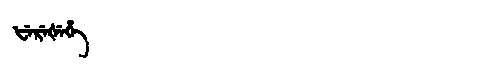
Manchu: ᡶᡝᡵᡝᡧᡝᡥᡝ
Romanization: FEREŠEHE